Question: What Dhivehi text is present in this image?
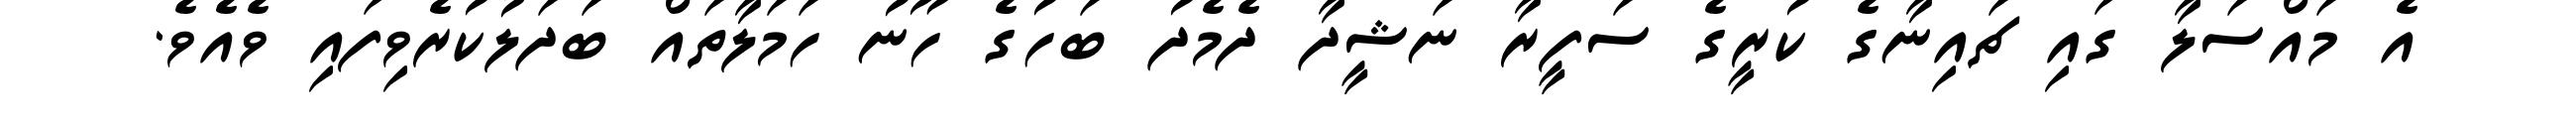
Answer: އެ މައްސަލާ ގައި ޗައިނާގެ ކުރީގެ ސަފީރާ ނަޝީދާ ދެމެދު ބަހުގެ ހޫނު ހަމަލާތައް ބަދަލުކުރެވިފައި ވެއެވެ.